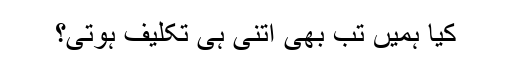
کیا ہمیں تب بھی اتنی ہی تکلیف ہوتی؟